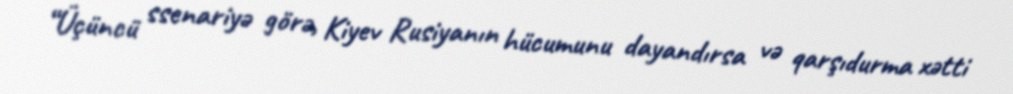
“Üçüncü ssenariyə görə, Kiyev Rusiyanın hücumunu dayandırsa və qarşıdurma xətti